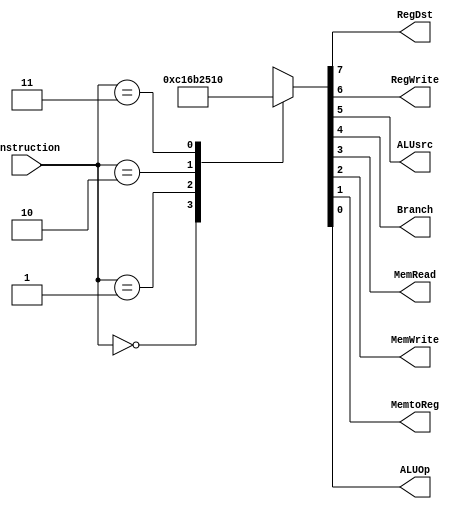
`timescale 1ns / 1ps
//////////////////////////////////////////////////////////////////////////////////
// Company: 
// Engineer: 
// 
// Design Name: 
// Module Name:    Control 
// Project Name: 
// Target Devices: 
// Tool versions: 
// Description: 
//
// Dependencies: 
//
// Revision: 
// Revision 0.01 - File Created
// Additional Comments: 
//
//////////////////////////////////////////////////////////////////////////////////
module Control(
    input [7:6] Instruction,
    output reg RegDst,
    output reg RegWrite,
    output reg ALUsrc,
    output reg Branch,
    output reg MemRead,
    output reg MemWrite,
    output reg MemtoReg,
    output reg ALUOp // R lw sw J -> 1 0 0 0 in pdf / 1 1 1 0?
    );
	 
	 reg [7:0] out;
	 	 
	 always @(Instruction)
	 begin
		case(Instruction)
			2'b00 : out = 8'b11000001;// R
			2'b01 : out = 8'b01101011;// lw // b01101010
			2'b10 : out = 8'b00100101;// sw // b00100100
			2'b11 : out = 8'b00010000;// J
			default : out = 8'b00000000;
		endcase
		RegDst = out[7];
		RegWrite = out[6];
		ALUsrc = out[5];
		Branch = out[4];
		MemRead = out[3];
		MemWrite = out[2];
		MemtoReg = out[1];
		ALUOp = out[0];
	end		
		
endmodule